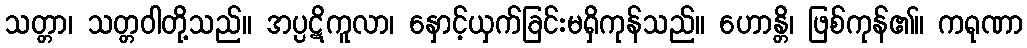
သတ္တာ၊ သတ္တဝါတို့သည်။ အပ္ပဋိကူလာ၊ နှောင့်ယှက်ခြင်းမရှိကုန်သည်။ ဟောန္တိ၊ ဖြစ်ကုန်၏။ ကရုဏာ